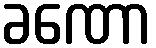
ခဏော